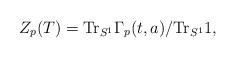
\begin{align*}Z_p(T) = \mbox{Tr}_{S^1}\Gamma_p(t,a)/\mbox{Tr}_{S^1} 1,\end{align*}